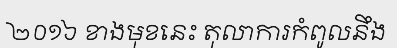
២០១៦ ខាងមុខនេះ តុលាការកំពូលនឹង